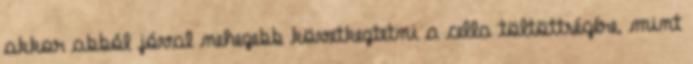
akkor abból jóval nehezebb következtetni a cella töltöttségére, mint